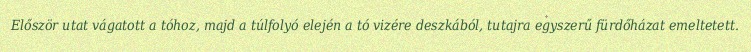
Először utat vágatott a tóhoz, majd a túlfolyó elején a tó vizére deszkából, tutajra egyszerű fürdőházat emeltetett.